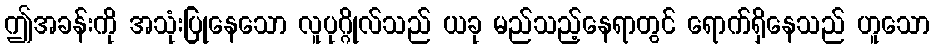
ဤအခန်းကို အသုံးပြုနေသော လူပုဂ္ဂိုလ်သည် ယခု မည်သည့်နေရာတွင် ရောက်ရှိနေသည် ဟူသော